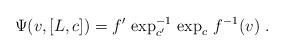
LaTeX: \begin{align*} \Psi(v,[L,c])=f'\,\exp_{c'}^{-1}\,\exp_c\,f^{-1}(v)\;. \end{align*}